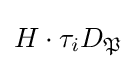
H\cdot \tau _{i}D_{\mathfrak {P}}